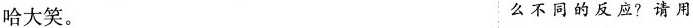
哈大笑。 么不同的反应？请用